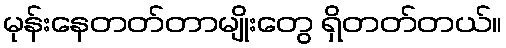
မုန်းနေတတ်တာမျိုးတွေ ရှိတတ်တယ်။